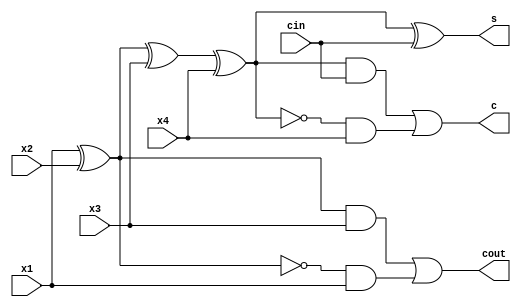
module ac_comp (
    input wire x1,x2,x3,x4,cin,
    output wire s,cout,c
);
    assign s=x1^x2^x3^x4^cin;
    assign c=(x1^x2^x3^x4)&cin || (!(x1^x2^x3^x4)&x4);
    assign cout=(x1^x2)&x3 || ( !(x1^x2)&x1);
    
endmodule